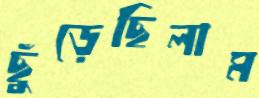
ছুঁড়েছিলাম